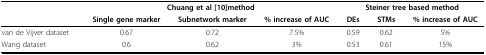
<table><thead><tr><td></td><td colspan="3"><b>Chuang et al [10]method</b></td><td colspan="3"><b>Steiner tree based method</b></td></tr><tr><td></td><td><b>Single gene marker</b></td><td><b>Subnetwork marker</b></td><td><b>% increase of AUC</b></td><td><b>DEs</b></td><td><b>STMs</b></td><td><b>% increase of AUC</b></td></tr></thead><tbody><tr><td>van de Vijver dataset</td><td>0.67</td><td>0.72</td><td>7.5%</td><td>0.59</td><td>0.62</td><td>5%</td></tr><tr><td>Wang dataset</td><td>0.6</td><td>0.62</td><td>3%</td><td>0.53</td><td>0.61</td><td>15%</td></tr></tbody></table>